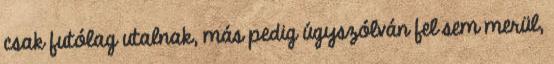
csak futólag utalnak, más pedig úgyszólván fel sem merül,